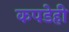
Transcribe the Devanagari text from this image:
कपडेही